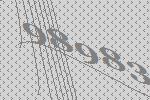
98983